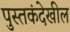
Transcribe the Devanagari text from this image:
पुस्तकंदेखील